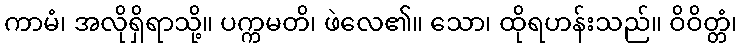
ကာမံ၊ အလိုရှိရာသို့။ ပက္ကမတိ၊ ဖဲလေ၏။ သော၊ ထိုရဟန်းသည်။ ဝိဝိတ္တံ၊